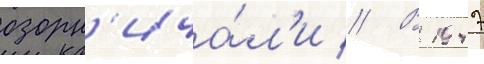
озорн'ича́л'и // В 1947